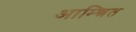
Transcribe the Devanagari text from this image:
आम्न्त्रित